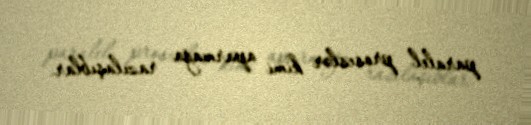
paralel proseslər kimi aparmağa razılaşıblar.